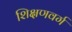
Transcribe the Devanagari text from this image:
शिक्षणवर्ग